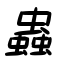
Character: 蟲